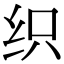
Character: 织